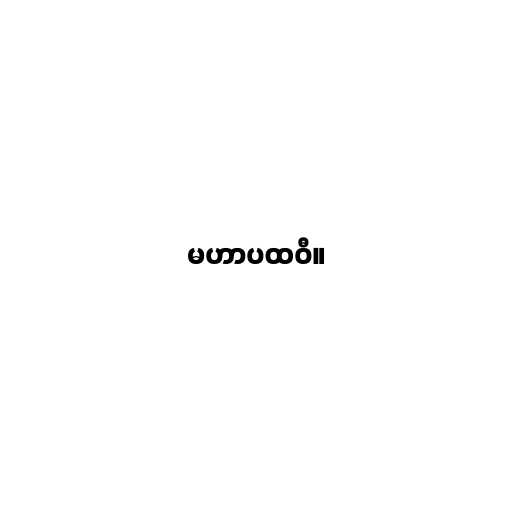
မဟာပထဝီ။